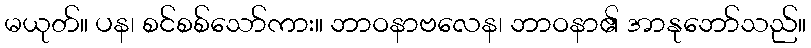
မယုတ်။ ပန၊ စင်စစ်သော်ကား။ ဘာဝနာဗလေန၊ ဘာဝနာ၏ အာနုဘော်သည်။